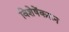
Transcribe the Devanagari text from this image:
विशेषेंकरून